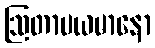
ဩတာပယမာနော